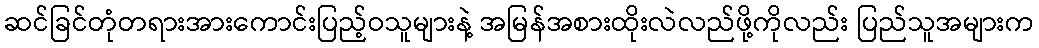
ဆင်ခြင်တုံတရားအားကောင်းပြည့်ဝသူများနဲ့ အမြန်အစားထိုးလဲလည်ဖို့ကိုလည်း ပြည်သူအများက